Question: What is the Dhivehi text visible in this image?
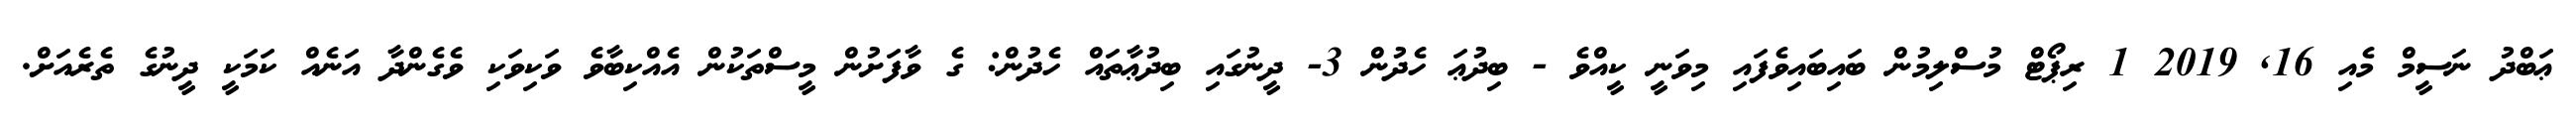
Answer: ޢަބްދު ނަސީމް މެއި 16, 2019 1 ރިޕޯޓް މުސްލިމުން ބައިބައިވެފައި މިވަނީ ކީއްވެ - ބިދުޢަ ހެދުން 3- ދީނުގައި ބިދުޢާތައް ހެދުން: ގެ ވާފަށުން މީސްތަކުން އެއްކިބާވެ ވަކިވަކި ވެގެންދާ އަނެއް ކަމަކީ ދީނުގެ ތެރެއަށް.